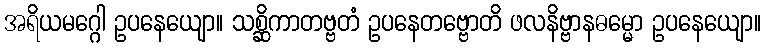
အရိယမဂ္ဂေါ ဥပနေယျော။ သစ္ဆိကာတဗ္ဗတံ ဥပနေတဗ္ဗောတိ ဖလနိဗ္ဗာနဓမ္မော ဥပနေယျော။